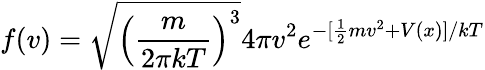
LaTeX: f(v)=\sqrt{\left(\frac{m}{2\pi kT}\right)^{3}}4\pi v^{2}e^{-[\frac{1}{2}mv^{2}+V(x)]/{kT}}